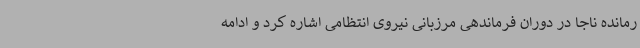
رمانده ناجا در دوران فرماندهی مرزبانی نیروی انتظامی اشاره کرد و ادامه